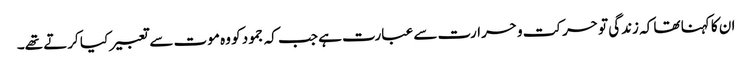
ان کا کہنا تھا کہ زندگی تو حرکت و حرارت سے عبارت ہے جب کہ جمود کو وہ موت سے تعبیر کیا کرتے تھے۔